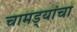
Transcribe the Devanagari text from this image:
चामड्यांचा